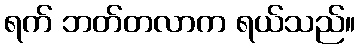
ရက် ဘတ်တလာက ရယ်သည်။